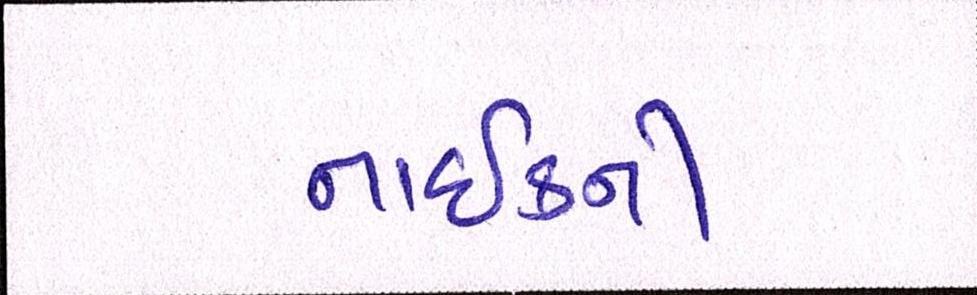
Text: નાઈકની